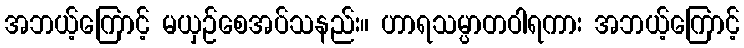
အဘယ့်ကြောင့် မယှဉ်စေအပ်သနည်း။ ဟာရသမ္ပာတဝါရကား အဘယ့်ကြောင့်